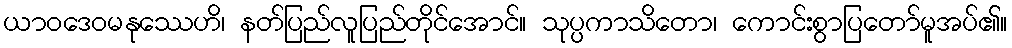
ယာဝဒေဝမနုဿေဟိ၊ နတ်ပြည်လူပြည်တိုင်အောင်။ သုပ္ပကာသိတော၊ ကောင်းစွာပြတော်မူအပ်၏။